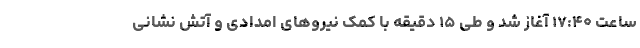
ساعت ۱۷:۴۰ آغاز شد و طی ۱۵ دقیقه با کمک نیروهای امدادی و آتش نشانی